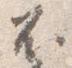
不